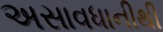
અસાવધાનીથી